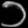
Digit: ၁